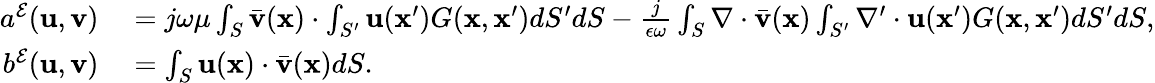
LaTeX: \begin{array}{rl}{a^{\mathcal{E}}(\mathbf{u},\mathbf{v})}&{{}{}=j\omega\mu\int_{S}\bar{\mathbf{v}}(\mathbf{x})\cdot\int_{S^{\prime}}\mathbf{u}(\mathbf{x}^{\prime})G(\mathbf{x},\mathbf{x}^{\prime})dS^{\prime}dS-\frac{j}{\epsilon\omega}\int_{S}\nabla\cdot\bar{\mathbf{v}}(\mathbf{x})\int_{S^{\prime}}\nabla^{\prime}\cdot\mathbf{u}(\mathbf{x}^{\prime})G(\mathbf{x},\mathbf{x}^{\prime})dS^{\prime}dS,}\\ {b^{\mathcal{E}}(\mathbf{u},\mathbf{v})}&{{}{}=\int_{S}\mathbf{u}(\mathbf{x})\cdot\bar{\mathbf{v}}(\mathbf{x})dS.}\end{array}